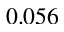
0 . 0 5 6